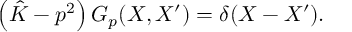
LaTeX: \left( \hat { K } - p ^ { 2 } \right) G _ { p } ( X , X ^ { \prime } ) = \delta ( X - X ^ { \prime } ) .